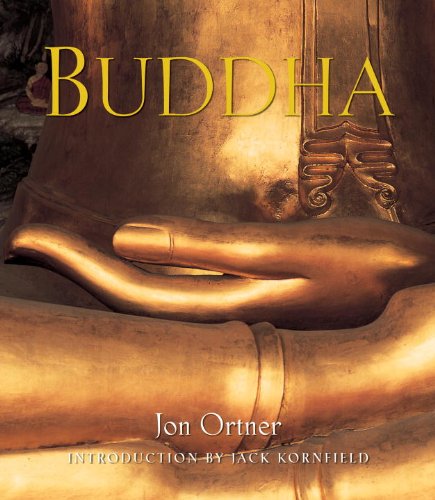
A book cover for Buddha; Arts & Photography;